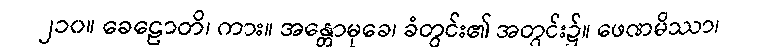
၂၁၀။ ခေဠောတိ၊ ကား။ အန္တောမုခေ၊ ခံတွင်း၏ အတွင်း၌။ ဖေဏမိဿာ၊